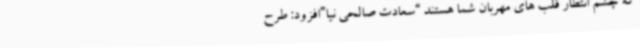
که چشم انتظار قلب های مهربان شما هستند “سعادت صالحی نیا”افزود: طرح